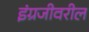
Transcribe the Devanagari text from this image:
इंग्रजीवरील